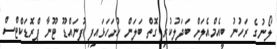
ލޯނުގެ ރަހުނު ބީއެމްއެލަށް ބަދަލުކުރި ގޮތް ބަލަން ހުށަހަޅައިފި ފުނައްޑޫ ޓޫނާ ޕްރޮޑަކްޓްސް